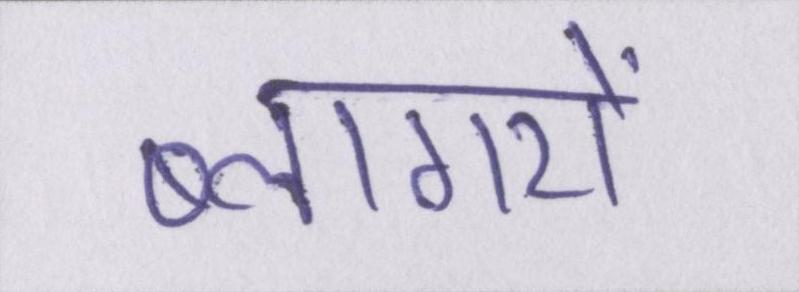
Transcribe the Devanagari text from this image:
ब्लागरों